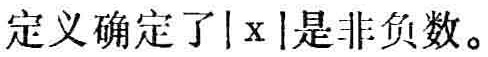
定义确定了\(|x|\)是非负数。